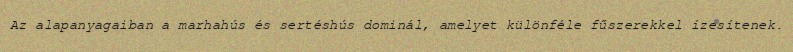
Az alapanyagaiban a marhahús és sertéshús dominál, amelyet különféle fűszerekkel ízesítenek.